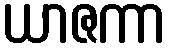
ယာဇကာ